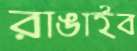
রাঙাইব